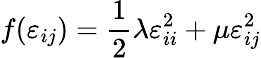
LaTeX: f(\varepsilon_{ij})={\frac{1}{2}}\lambda\varepsilon_{ii}^{2}+\mu\varepsilon_{ij}^{2}